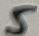
Text: 5